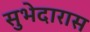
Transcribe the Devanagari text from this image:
सुभेदारास